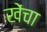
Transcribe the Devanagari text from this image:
खेंचा